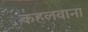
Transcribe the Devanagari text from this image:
कहलवाना